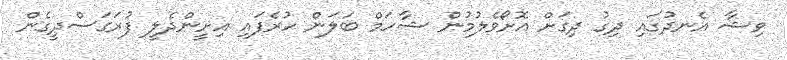
ވިޝާ އެނދުގައި ދިގު ދިގަށް އޮށޯވެލުމުން ޝާހަމް ބަލަން ހުރެފައި އިށީންދެލީ ފުރަގަސްދީގެން